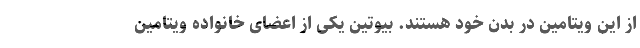
از این ویتامین در بدن خود هستند. بیوتین یکی از اعضای خانواده ویتامین